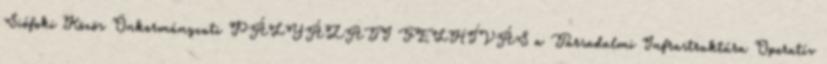
Siófoki Közös Önkormányzati PÁLYÁZATI FELHÍVÁS a Társadalmi Infrastruktúra Operatív